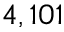
4 , 1 0 1